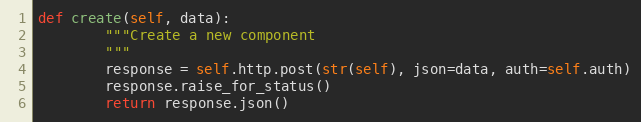
Language: Python
def create(self, data):
        """Create a new component
        """
        response = self.http.post(str(self), json=data, auth=self.auth)
        response.raise_for_status()
        return response.json()